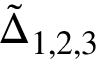
\tilde { \Delta } _ { 1 , 2 , 3 }